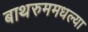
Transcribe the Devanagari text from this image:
बाथरुममधल्‍या